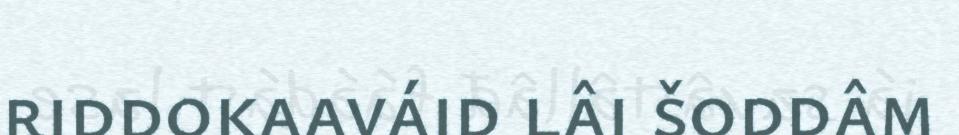
riddokaaváid lâi šoddâm